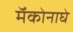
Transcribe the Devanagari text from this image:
मॅकोनाघे